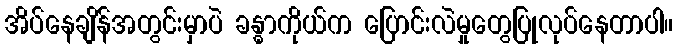
အိပ်နေချိန်အတွင်းမှာပဲ ခန္ဓာကိုယ်က ပြောင်းလဲမှုတွေပြုလုပ်နေတာပါ။